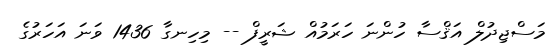
މަސްޖިދުލް އަޤްސާ ހުންނަ ހަރަމުއް ޝަރީފް -- މިހިނގާ 1436 ވަނަ އަހަރުގެ